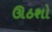
ઊઠશો